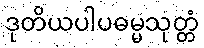
ဒုတိယပါပဓမ္မသုတ္တံ